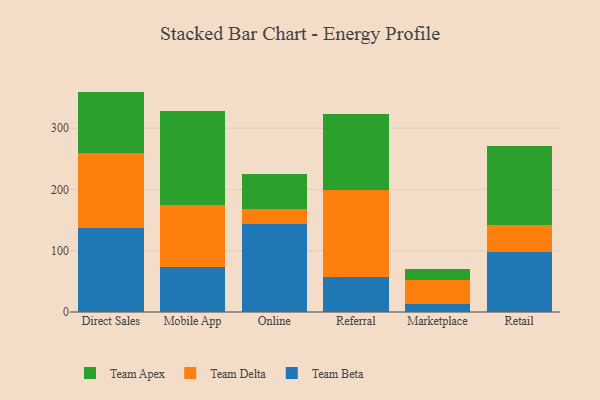
{"axis": {"x": "Channel", "y": "Budget (USD K)"}, "legend": ["Team Apex", "Team Beta", "Team Delta"], "data": [{"x": "Direct Sales", "y": 137.4, "type": "Team Beta"}, {"x": "Direct Sales", "y": 121.8, "type": "Team Delta"}, {"x": "Direct Sales", "y": 100.5, "type": "Team Apex"}, {"x": "Mobile App", "y": 73.0, "type": "Team Beta"}, {"x": "Mobile App", "y": 101.5, "type": "Team Delta"}, {"x": "Mobile App", "y": 153.5, "type": "Team Apex"}, {"x": "Online", "y": 144.0, "type": "Team Beta"}, {"x": "Online", "y": 24.5, "type": "Team Delta"}, {"x": "Online", "y": 56.9, "type": "Team Apex"}, {"x": "Referral", "y": 56.5, "type": "Team Beta"}, {"x": "Referral", "y": 142.8, "type": "Team Delta"}, {"x": "Referral", "y": 123.4, "type": "Team Apex"}, {"x": "Marketplace", "y": 13.1, "type": "Team Beta"}, {"x": "Marketplace", "y": 39.7, "type": "Team Delta"}, {"x": "Marketplace", "y": 17.6, "type": "Team Apex"}, {"x": "Retail", "y": 98.7, "type": "Team Beta"}, {"x": "Retail", "y": 43.4, "type": "Team Delta"}, {"x": "Retail", "y": 128.5, "type": "Team Apex"}]}